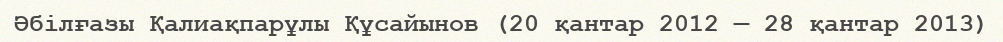
Әбілғазы Қалиақпарұлы Құсайынов (20 қантар 2012 — 28 қантар 2013)